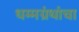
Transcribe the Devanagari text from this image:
धम्मग्रंथांचा